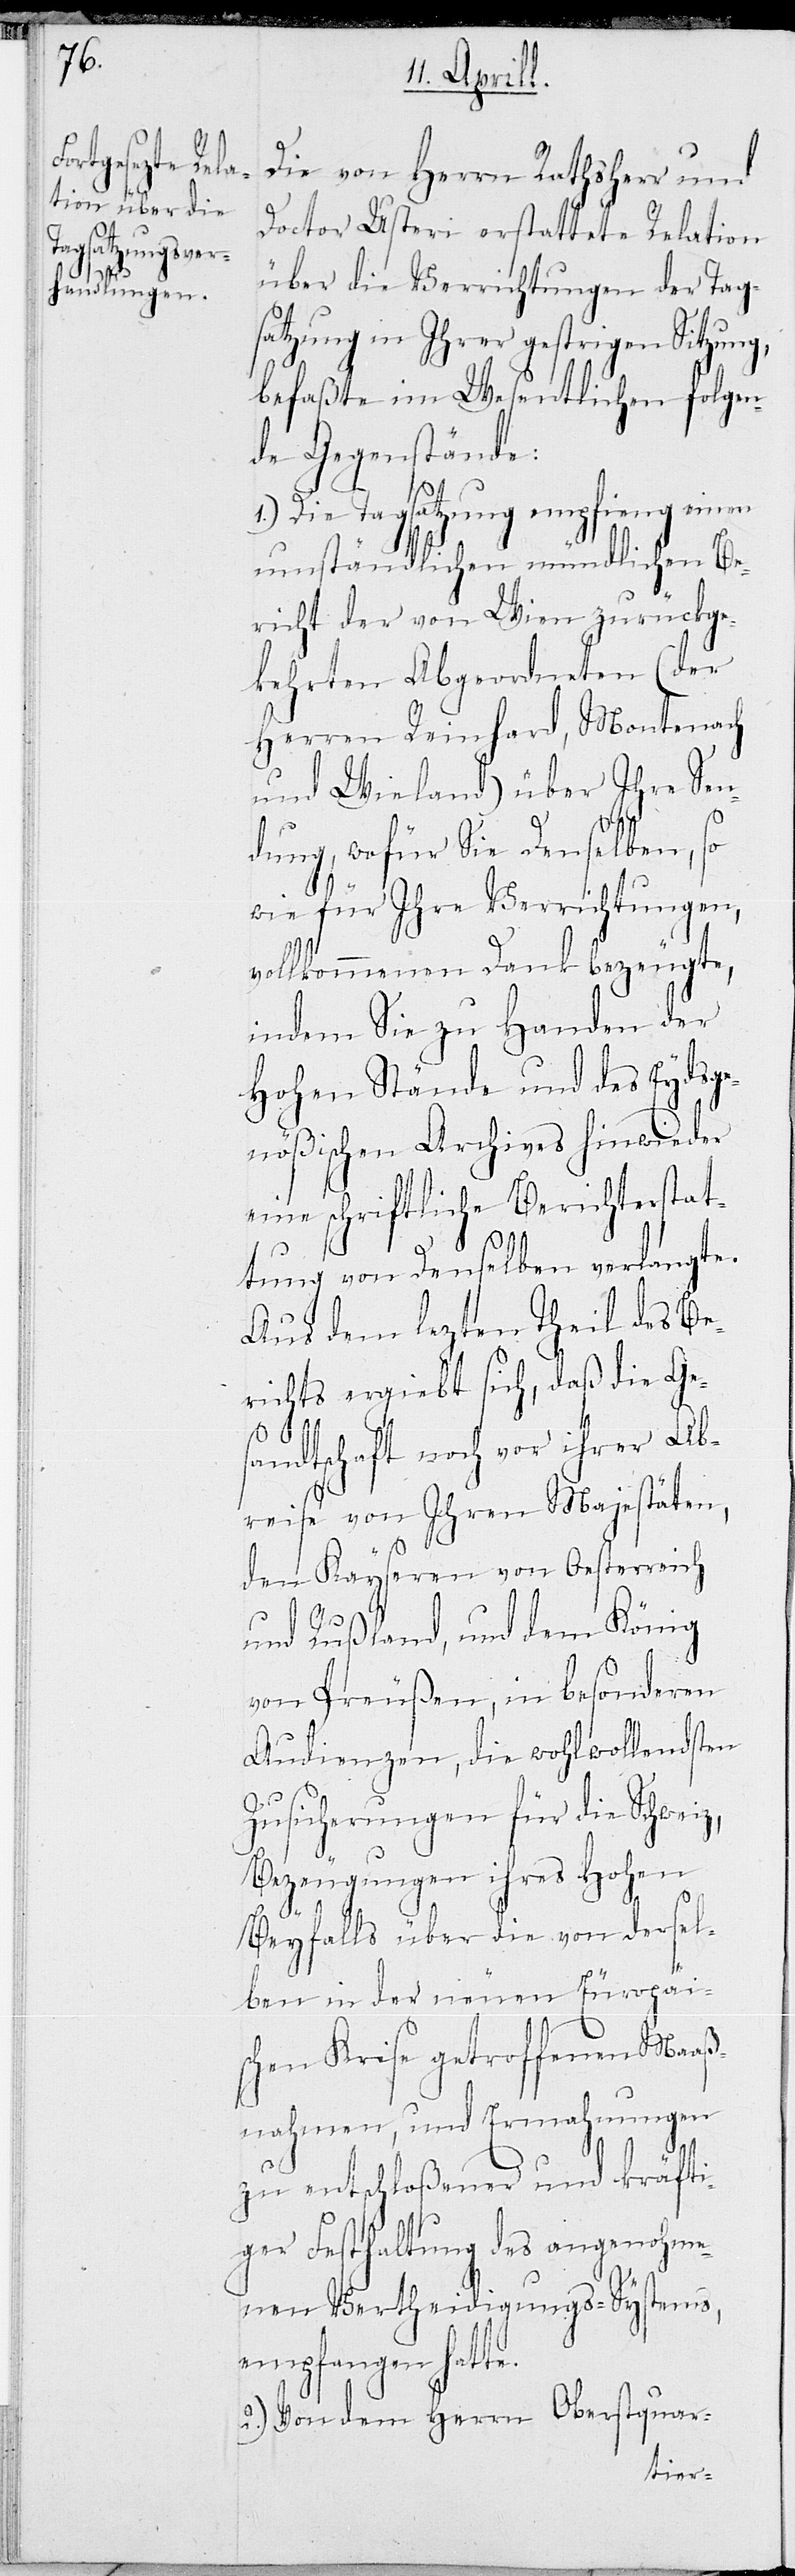
Die von Herrn Rathsherr und
Doctor Usteri erstattete Relation
über die Verrichtungen der Tag¬
satzung in Ihrer gestrigen Sitzung,
befaßte im Wesentlichen folgen¬
de Gegenstände:
1.) Die Tagsatzung empfieng einen
umständlichen mündlichen Be¬
richt der von Wien zurückge¬
kehrten Abgeordneten (der
Herren Reinhard, Montenach
und Wieland) über Ihre Sen¬
dung, wofür sie Denselben, so
wie für Ihre Verrichtungen,
vollkommenen Dank bezeugte,
indem Sie zu Handen der
Hohen Stände und des Eydsge¬
nößischen Archives hinwieder
eine schriftliche Berichterstat¬
tung von Denselben verlangte.
Aus dem lezten Theil des Be¬
richts ergiebt sich, daß die Ge¬
sandtschaft noch vor ihrer Ab¬
reise von Ihren Majestäten,
den Kayseren von Oesterreich
und Rußland, und dem König
von Preußen, in besonderen
Audienzen, die wohlwollendsten
Zusicherungen für die Schweiz,
Bezeugungen ihres Hohen
Beyfalls über die von dersel¬
ben in der neuen Europäi¬
schen Krise getroffenen Maaß¬
nahmen, und Ermahnungen
zu entschloßener und kräfti¬
ger Festhaltung des angenohme¬
nen Vertheidigungs-Systems,
empfangen hatte.
2.) Von dem Herrn Oberstquar-